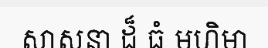
សាសនា ដ៏ ធំ មហិមា